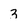
Character: 3